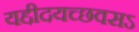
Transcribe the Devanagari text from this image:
यद्दीदयच्छवसऽ